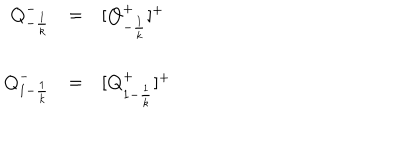
\begin{array} { r c l } { { { \bf { Q } } _ { - { \frac { 1 } { k } } } ^ { - } } } & { { = } } & { { [ { \bf { Q } } _ { - { \frac { 1 } { k } } } ^ { + } ] ^ { + } } } \\ { { { \bf { Q } } _ { 1 - { \frac { 1 } { k } } } ^ { - } } } & { { = } } & { { [ { \bf { Q } } _ { 1 - { \frac { 1 } { k } } } ^ { + } ] ^ { + } } } \\ \end{array}